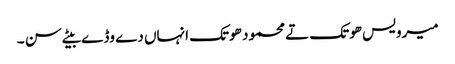
میرویس ھوتک تے محمود ھوتک انہاں دے وڈے بیٹے سن ۔